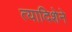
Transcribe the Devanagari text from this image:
त्यादिशेने